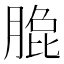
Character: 𰮼